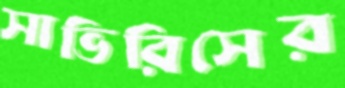
সাভিরিসের